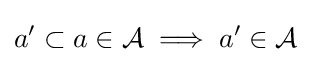
a'\subset a\in {\mathcal {A}}\implies a'\in {\mathcal {A}}